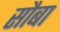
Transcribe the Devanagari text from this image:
सौबा